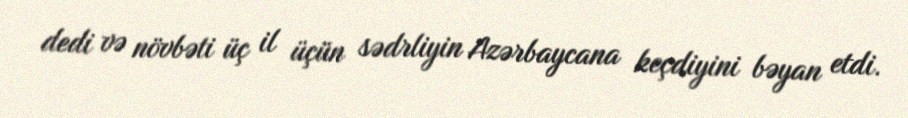
dedi və növbəti üç il üçün sədrliyin Azərbaycana keçdiyini bəyan etdi.